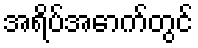
အရိပ်အောက်တွင်